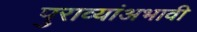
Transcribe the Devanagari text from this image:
पुराव्यांअभावी